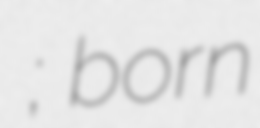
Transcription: غرسان الشهراني; born